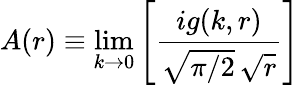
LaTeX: A(r)\equiv\operatorname*{lim}_{k\to 0}\left[{\frac{ig(k,r)}{\sqrt{\pi/2}\, \sqrt{r}}}\right]